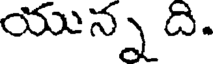
యున్న ది.